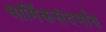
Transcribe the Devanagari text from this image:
धार्मिकसंदर्भात